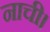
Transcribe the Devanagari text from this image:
नाची।